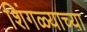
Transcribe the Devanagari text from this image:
शिंगळ्याच्या